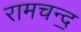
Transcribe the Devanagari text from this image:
रामचन्द॒